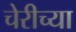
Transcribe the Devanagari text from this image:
चेरीच्या